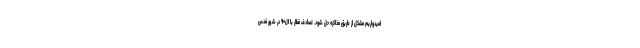
امیدواریم مشکل از طریق مذاکره حل شود. تصادف قطار با ال۹۰ در شهر قدس